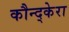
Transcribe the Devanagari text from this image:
कौन्द्केरा